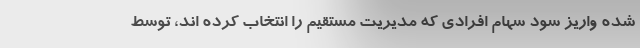
شده واریز سود سهام افرادی که مدیریت مستقیم را انتخاب کرده اند، توسط